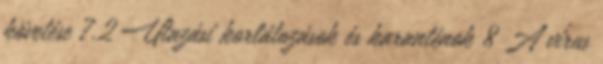
követése 7.2 Utazási korlátozások és karanténok 8 A vírus